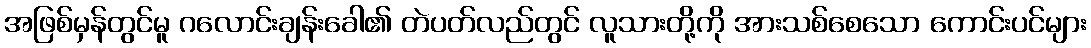
အဖြစ်မှန်တွင်မူ ဂလောင်းချန်းခေါ၏ တဲပတ်လည်တွင် လူသားတို့ကို အားသစ်စေသော ကောင်းပင်များ